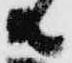
共